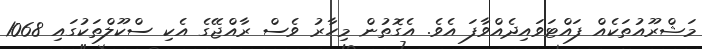
މަޝްރޫއުތަކެއް ފައްޓަވައިދެއްވާފަ އެވެ. އެގޮތުން މިހާރު ވެސް ރާއްޖޭގެ އެކި ސްކޫލްތަކުގައި 1068